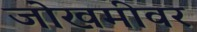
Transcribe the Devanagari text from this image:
जोखमीवर